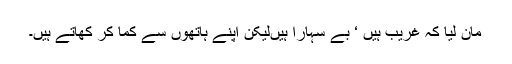
مان لیا کہ غریب ہیں ‘ بے سہارا ہیںلیکن اپنے ہاتھوں سے کما کر کھاتے ہیں۔